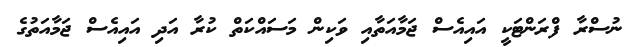
ނުސްރާ ފްރަންޓަކީ އައިއެސް ޖަމާއަތާއި ވަކިން މަސައްކަތް ކުރާ އަދި އައިއެސް ޖަމާއަތުގެ